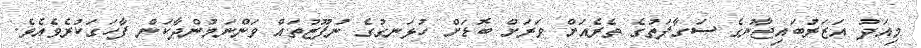
މިއަދު އަޒަރުބައިޖާނުގެ ސަގާފަތުގެ ތެރެއަށް ވަރަށް ބޮޑަށް ހުޅަނގުގެ ނުފޫޒުތައް ވަންނަމުންދާކަން ފާހަގަކުރެވެއެވެ.